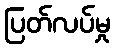
ပြတ်လပ်မှု